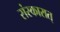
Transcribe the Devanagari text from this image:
संस्कारात्